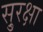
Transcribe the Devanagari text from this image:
सु्रक्षा